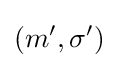
\left(m',\sigma '\right)